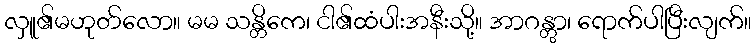
လှူ၏မဟုတ်လော။ မမ သန္တိကေ၊ ငါ၏ထံပါးအနီးသို့။ အာဂန္တွာ၊ ရောက်ပါပြီးလျက်။